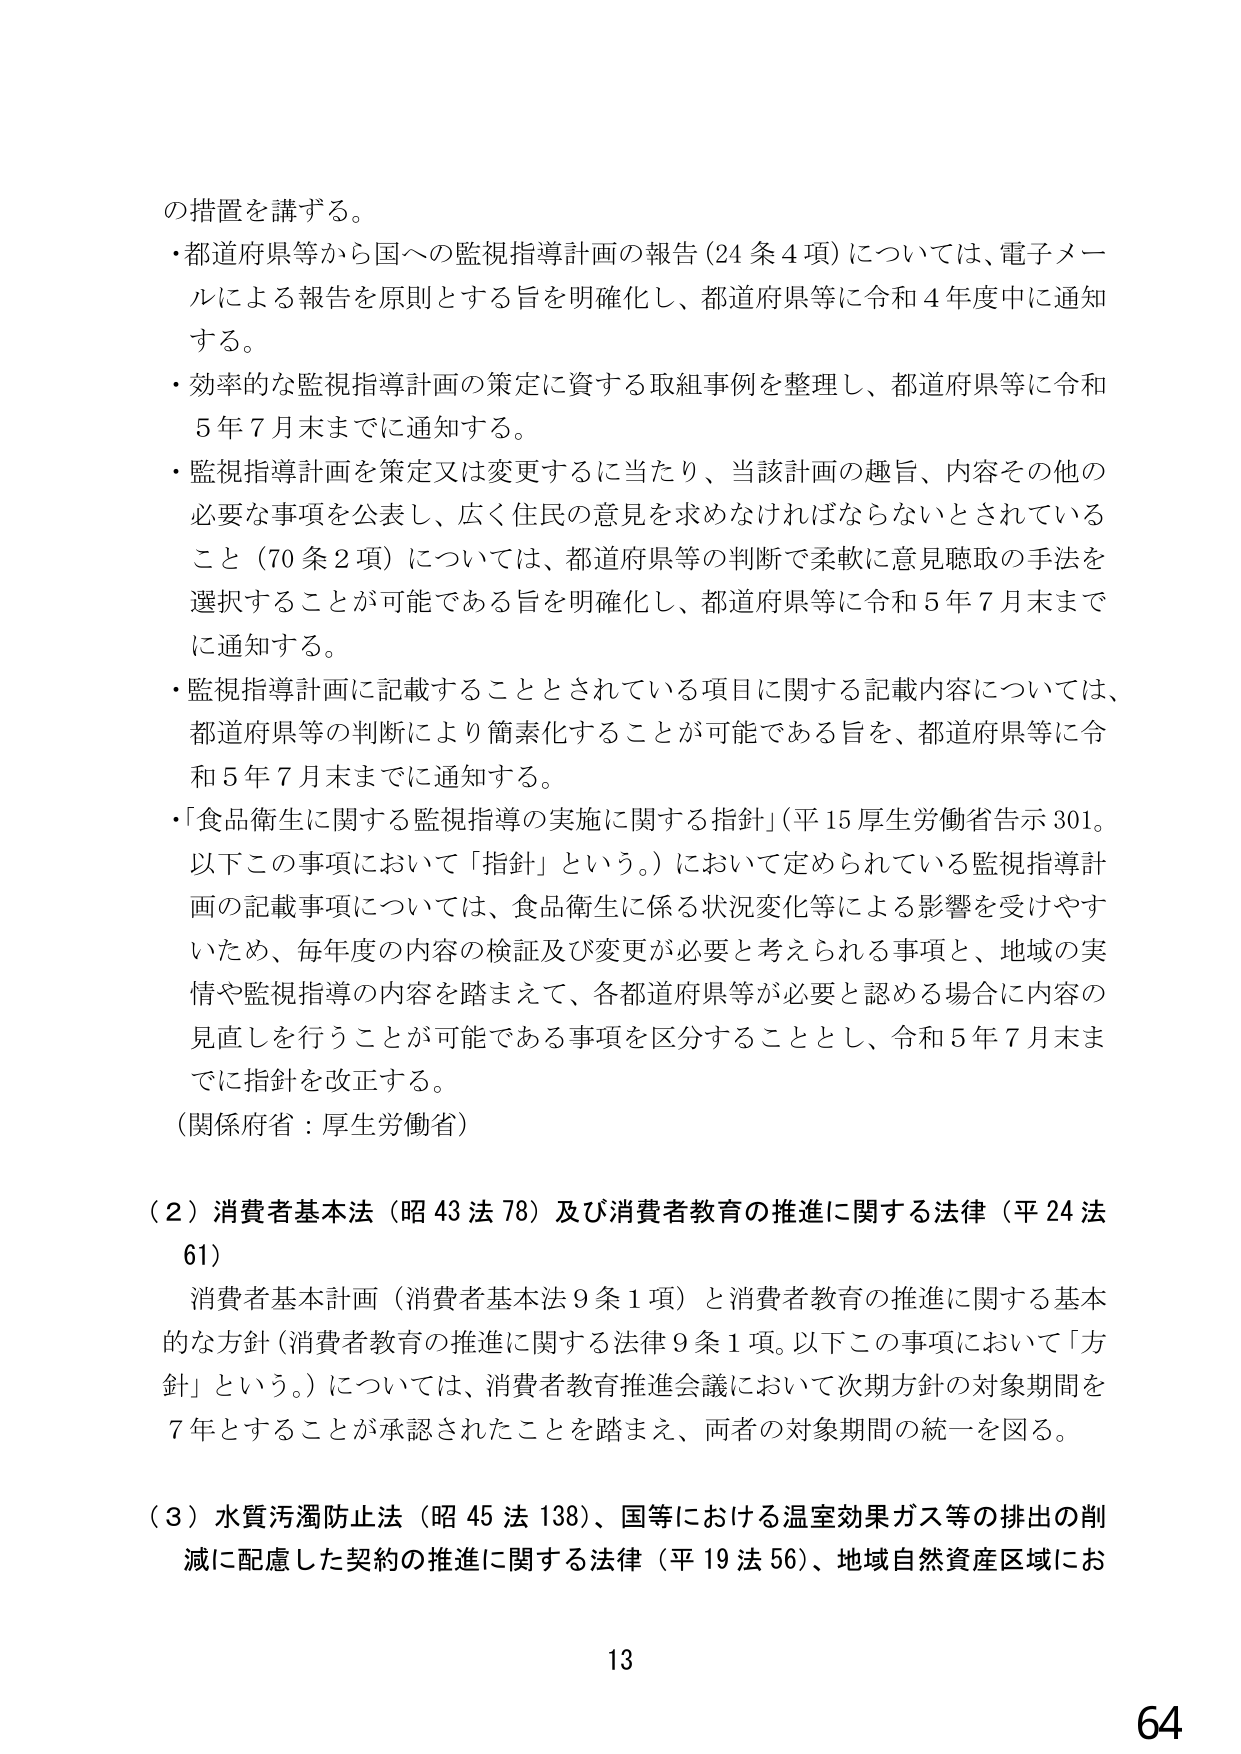
の措置を講ずる。
・都道府県等から国への監視指導計画の報告（24条4項）については、電子メールによる報告を原則とする旨を明確化し、都道府県等に令和4年度中に通知する。
・効率的な監視指導計画の策定に資する取組事例を整理し、都道府県等に令和5年7月末までに通知する。
・監視指導計画を策定又は変更するに当たり、当該計画の趣旨、内容その他の必要な事項を公表し、広く住民の意見を求めなければならないとされていること（70条2項）については、都道府県等の判断で柔軟に意見聴取の手法を選択することが可能である旨を明確化し、都道府県等に令和5年7月末までに通知する。
・監視指導計画に記載することとされている項目に関する記載内容については、都道府県等の判断により簡素化することが可能である旨を、都道府県等に令和5年7月末までに通知する。
・「食品衛生に関する監視指導の実施に関する指針」（平15厚生労働省告示301。以下この事項において「指針」という。）において定められている監視指導計画の記載事項については、食品衛生に係る状況変化等による影響を受けやすいため、毎年度の内容の検証及び変更が必要と考えられる事項と、地域の実情や監視指導の内容を踏まえて、各都道府県等が必要と認める場合に内容の見直しを行うことが可能である事項を区分することとし、令和5年7月末までに指針を改正する。
（関係府省：厚生労働省）

（2）消費者基本法（昭43法78）及び消費者教育の推進に関する法律（平24法61）
消費者基本計画（消費者基本法9条1項）と消費者教育の推進に関する基本的な方針（消費者教育の推進に関する法律9条1項。以下この事項において「方針」という。）については、消費者教育推進会議において次期方針の対象期間を7年とすることが承認されたことを踏まえ、両者の対象期間の統一を図る。

（3）水質汚濁防止法（昭45法138）、国等における温室効果ガス等の排出の削減に配慮した契約の推進に関する法律（平19法56）、地域自然資産区域にお

13
64